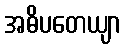
အဓိပတေယျာ